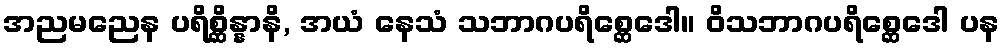
အညမညေန ပရိစ္ဆိန္နာနိ, အယံ နေသံ သဘာဂပရိစ္ဆေဒေါ။ ဝိသဘာဂပရိစ္ဆေဒေါ ပန